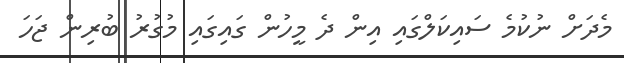
މެދަށް ނުކުމެ ސައިކަލްގައި އިން ދެ މީހުން ގައިގައި މުގުރު ބުރިން ޖަހަ